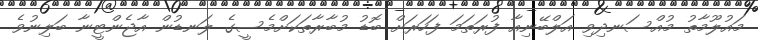
މައުލޫމާތު މުއްސަނދިވި އަލްބޭނިއާ ފުރަތަމަ ފަހަރަށް ބޮޑު މުބާރާތަކަށްމެސީގެ ލަނޑުން އާޖެންޓީނާ ބަލިނުވެ